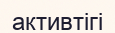
активтігі